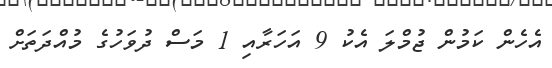
އެހެން ކަމުން ޖުމްލަ އެކު 9 އަހަރާއި 1 މަސް ދުވަހުގެ މުއްދަތަށް